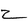
Character: z